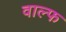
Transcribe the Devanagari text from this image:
वाल्फ